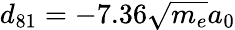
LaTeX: d_{81}=-7.36\sqrt{m_{e}}a_{0}